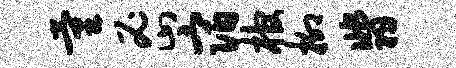
量密宿棺柳翡